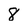
Character: 8